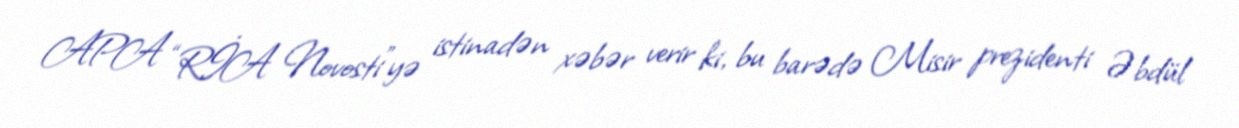
APA “RİA Novosti”yə istinadən xəbər verir ki, bu barədə Misir prezidenti Əbdül